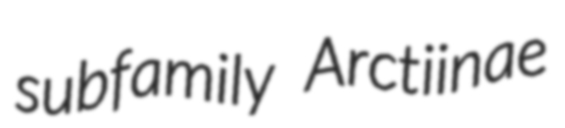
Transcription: subfamily Arctiinae